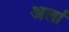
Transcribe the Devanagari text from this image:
अर्ला